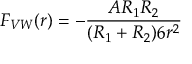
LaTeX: \ F _ { V W } ( r ) = - { \frac { A R _ { 1 } R _ { 2 } } { ( R _ { 1 } + R _ { 2 } ) 6 r ^ { 2 } } }